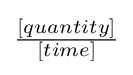
\textstyle {\frac {[quantity]}{[time]}}